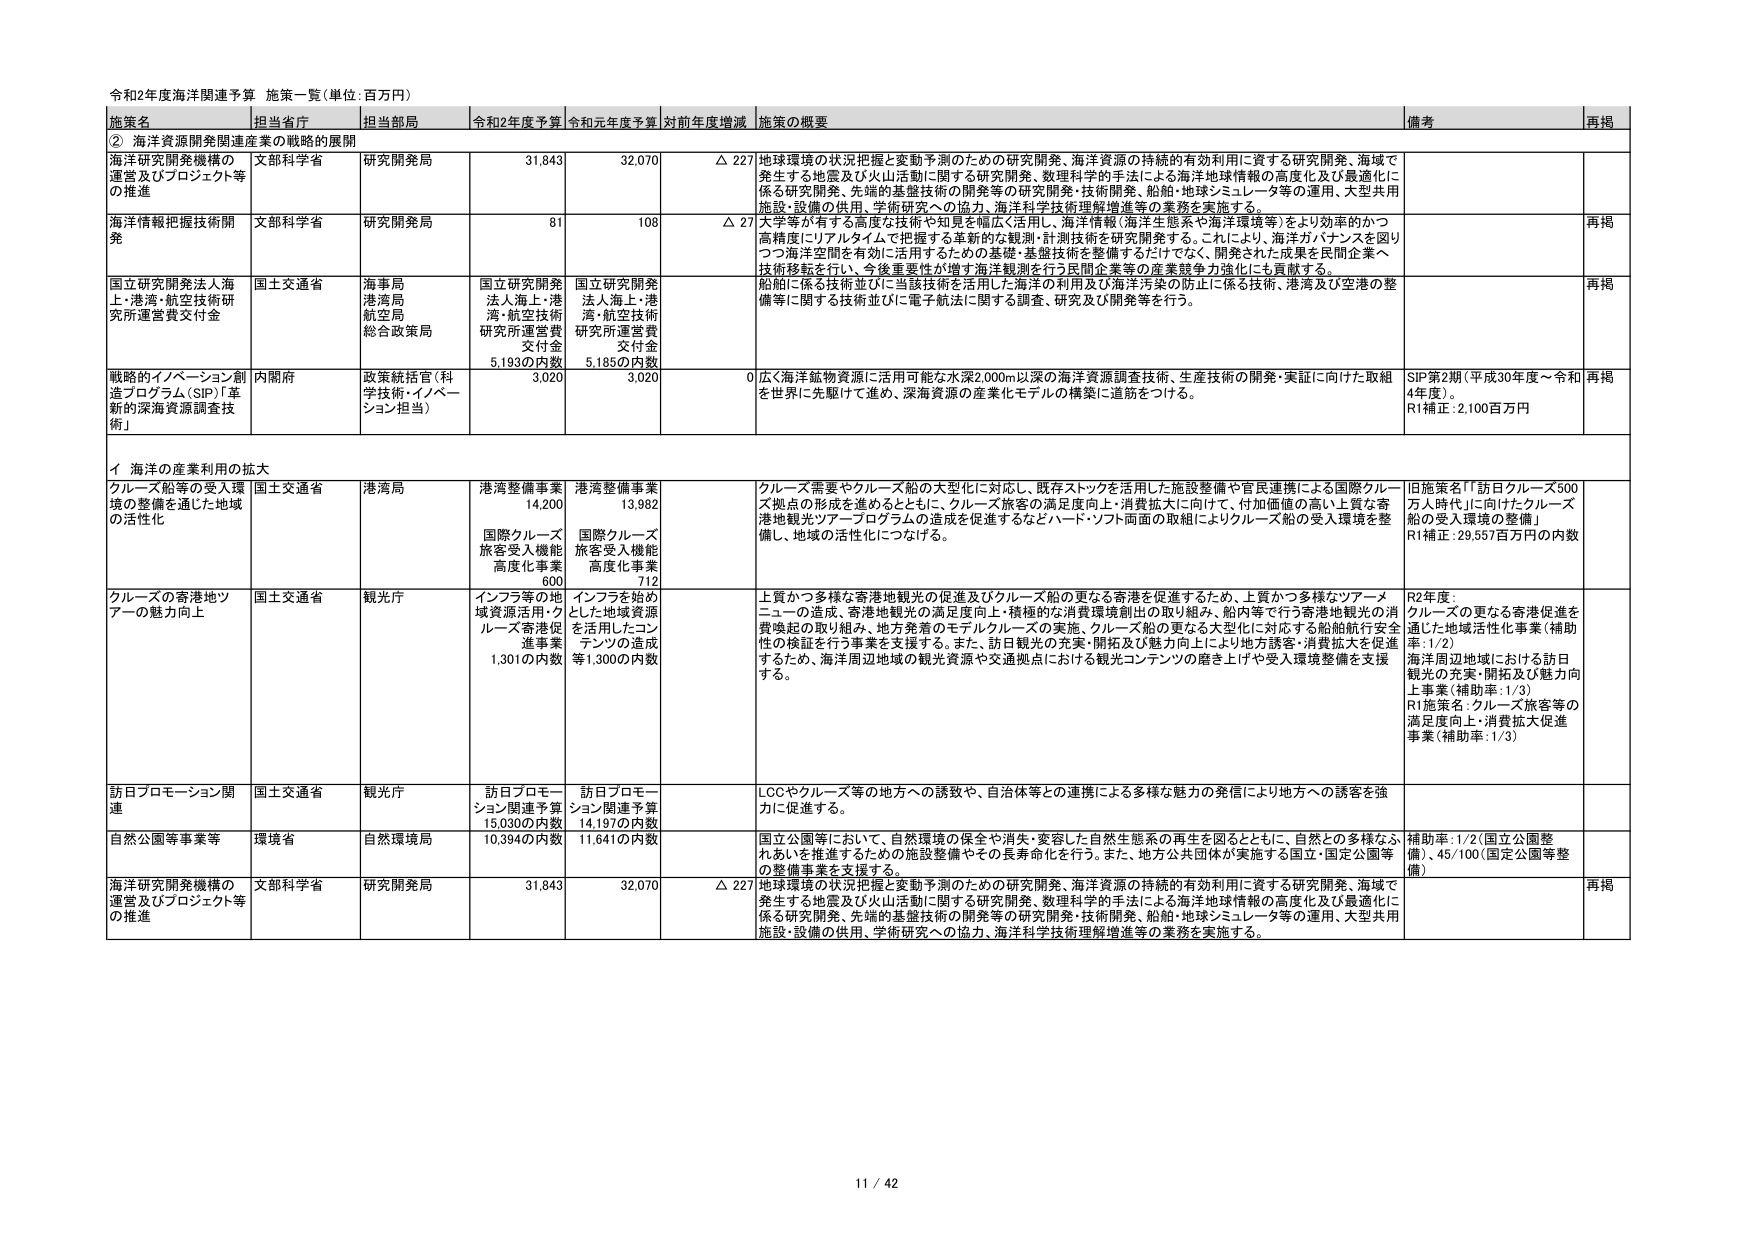
令和2年度海洋関連予算 施策一覧（単位：百万円）

施策名 担当省庁 担当部局 令和2年度予算 令和元年度予算 対前年度増減 施策の概要 備考 再掲

② 海洋資源開発関連産業の戦略的展開

海洋研究開発機構の運営及びプロジェクト等の推進 文部科学省 研究開発局 31,843 32,070 △ 227 地球環境の状況把握と変動予測のための研究開発、海洋資源の持続的有効利用に資する研究開発、海域で発生する地震及び火山活動に関する研究開発、数理科学的手法による海洋地球情報の高度化及び最適化に係る研究開発、先端的基盤技術の開発等の研究開発・技術開発、船舶・地球シミュレータ等の運用、大型共用施設・設備の供用、学術研究への協力、海洋科学技術理解増進等の業務を実施する。

海洋情報把握技術開発 文部科学省 研究開発局 81 108 △ 27 大学等が有する高度な技術や知見を幅広く活用し、海洋情報（海洋生態系や海洋環境等）をより効率的かつ高精度にリアルタイムで把握する革新的な観測・計測技術を研究開発する。これにより、海洋ガバナンスを図りつつ海洋空間を有効に活用するための基礎・基盤技術を整備するだけでなく、開発された成果を民間企業へ技術移転を行い、今後重要性が増す海洋観測を行う民間企業等の産業競争力強化にも貢献する。

再掲

国立研究開発法人海上・港湾・航空技術研究所運営費交付金 国土交通省 海事局 港湾局 航空局 総合政策局 国立研究開発法人海上・港湾・航空技術研究所運営費交付金 5,193の内数 国立研究開発法人海上・港湾・航空技術研究所運営費交付金 5,185の内数 船舶に係る技術並びに当該技術を活用した海洋の利用及び海洋汚染の防止に係る技術、港湾及び空港の整備等に関する技術並びに電子航法に関する調査、研究及び開発等を行う。

再掲

戦略的イノベーション創造プログラム（SIP）「革新的深海資源調査技術」 内閣府 政策統括官（科学技術・イノベーション担当） 3,020 3,020 0 広く海洋鉱物資源に活用可能な水深2,000m以深の海洋資源調査技術、生産技術の開発・実証に向けた取組を世界に先駆けて進め、深海資源の産業化モデルの構築に道筋をつける。 SIP第2期（平成30年度～令和4年度）。 R1補正：2,100百万円 再掲

イ 海洋の産業利用の拡大

クルーズ船等の受入環境の整備を通じた地域の活性化 国土交通省 港湾局 港湾整備事業 14,200 国際クルーズ旅客受入機能高度化事業 600 港湾整備事業 13,982 国際クルーズ旅客受入機能高度化事業 712 クルーズ需要やクルーズ船の大型化に対応し、既存ストックを活用した施設整備や官民連携による国際クルーズ拠点の形成を進めるとともに、クルーズ旅客の満足度向上・消費拡大に向けて、付加価値の高い上質な寄港地観光ツアープログラムの造成を促進するなどハード・ソフト両面の取組によりクルーズ船の受入環境を整備し、地域の活性化につなげる。 旧施策名「『訪日クルーズ500万人時代』に向けたクルーズ船の受入環境の整備」 R1補正：29,557百万円の内数

クルーズの寄港地ツアーの魅力向上 国土交通省 観光庁 インフラ等の地域資源活用・クルーズ寄港促進事業 1,301の内数 インフラを始めとした地域資源を活用したコンテンツの造成等1,300の内数 上質かつ多様な寄港地観光の促進及びクルーズ船の更なる寄港を促進するため、上質かつ多様なツアーメニューの造成、寄港地観光の満足度向上・積極的な消費環境創出の取り組み、船内等で行う寄港地観光の消費喚起の取り組み、地方発着のモデルクルーズの実施、クルーズ船の更なる大型化に対応する船舶航行安全性の検証を行う事業を支援する。また、訪日観光の充実・開拓及び魅力向上により地方誘客・消費拡大を促進するため、海洋周辺地域の観光資源や交通拠点における観光コンテンツの磨き上げや受入環境整備を支援する。 R2年度： クルーズの更なる寄港促進を通じた地域活性化事業（補助率：1/2） 海洋周辺地域における訪日観光の充実・開拓及び魅力向上事業（補助率：1/3） R1施策名：クルーズ旅客等の満足度向上・消費拡大促進事業（補助率：1/3）

訪日プロモーション関連 国土交通省 観光庁 訪日プロモーション関連予算 15,030の内数 訪日プロモーション関連予算 14,197の内数 LCCやクルーズ等の地方への誘致や、自治体等との連携による多様な魅力の発信により地方への誘客を強力に促進する。

自然公園等事業等 環境省 自然環境局 10,394の内数 11,641の内数 国立公園等において、自然環境の保全や消失・変容した自然生態系の再生を図るとともに、自然との多様なふれあいを推進するための施設整備やその長寿命化を行う。また、地方公共団体が実施する国立・国定公園等の整備事業を支援する。 補助率：1/2（国立公園整備）、45/100（国定公園等整備）

海洋研究開発機構の運営及びプロジェクト等の推進 文部科学省 研究開発局 31,843 32,070 △ 227 地球環境の状況把握と変動予測のための研究開発、海洋資源の持続的有効利用に資する研究開発、海域で発生する地震及び火山活動に関する研究開発、数理科学的手法による海洋地球情報の高度化及び最適化に係る研究開発、先端的基盤技術の開発等の研究開発・技術開発、船舶・地球シミュレータ等の運用、大型共用施設・設備の供用、学術研究への協力、海洋科学技術理解増進等の業務を実施する。 再掲

11 / 42